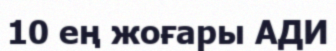
10 ең жоғары АДИ